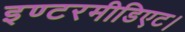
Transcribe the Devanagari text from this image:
इण्टरमीडिएट।